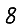
Digit: 8